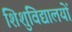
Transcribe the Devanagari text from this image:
शिशुविद्यालयों